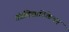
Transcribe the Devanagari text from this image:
तंत्रविद्यानिकेतन